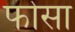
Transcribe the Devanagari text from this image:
फोसा